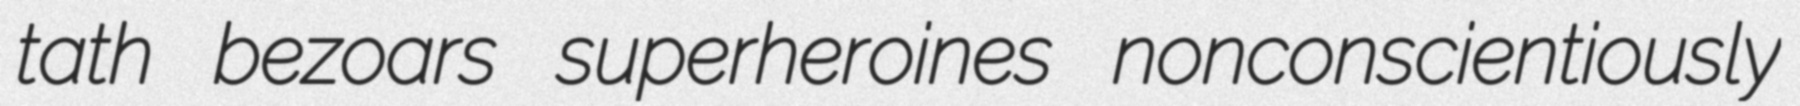
tath bezoars superheroines nonconscientiously